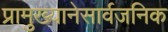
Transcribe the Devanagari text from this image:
प्रामुख्यानेसार्वजनिक